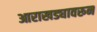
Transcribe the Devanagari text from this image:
आराखड्यावरून